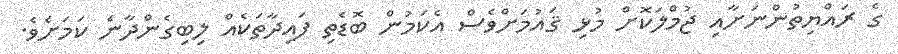
ގެ ރައްޔިތުންނަށާއި ޖުމްލަކޮށް މުޅި ޤައުމަށްވެސް އެކަމުން ބޮޑެތި ފައިދާތަކެއް ލިބިގެންދާނެ ކަމަށެވެ.